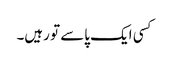
کسی ایک پاسے تو رہیں۔